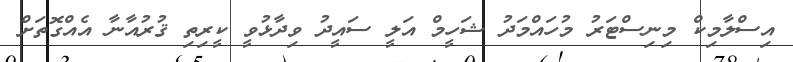
އިސްލާމިކް މިނިސްޓަރު މުހައްމަދު ޝަހީމް އަލީ ސައީދު ވިދާޅުވީ ކީރިތި ޤުރުއާނާ އެއްގޮތަށް